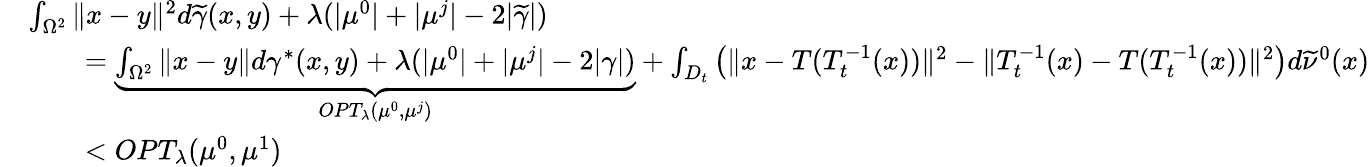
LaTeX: \begin{array}{rl}&{\int_{\Omega^{2}}\| x-y\| ^{2}d\widetilde{\gamma}(x,y)+\lambda(|\mu^{0}|+|\mu^{j}|-2|\widetilde{\gamma}|)}\\ &{\qquad=\underbrace{\int_{\Omega^{2}}\| x-y\| d\gamma^{*}(x,y)+\lambda(|\mu^{0}|+|\mu^{j}|-2|\gamma|)}_{OPT_{\lambda}(\mu^{0},\mu^{j})}+\int_{D_{t}}\left(\| x-T(T_{t}^{-1}(x))\| ^{2}-\| T_{t}^{-1}(x)-T(T_{t}^{-1}(x))\| ^{2}\right)d\widetilde{\nu}^{0}(x)}\\ &{\qquad<OPT_{\lambda}(\mu^{0},\mu^{1})}\end{array}